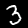
Label: 3